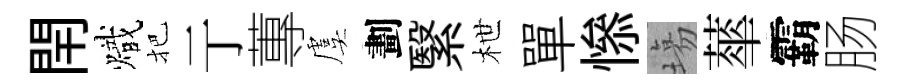
閈熾把亍蓴虞劃繄枻單𢡖塲蕐霸肠